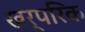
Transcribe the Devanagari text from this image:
खर्परिक